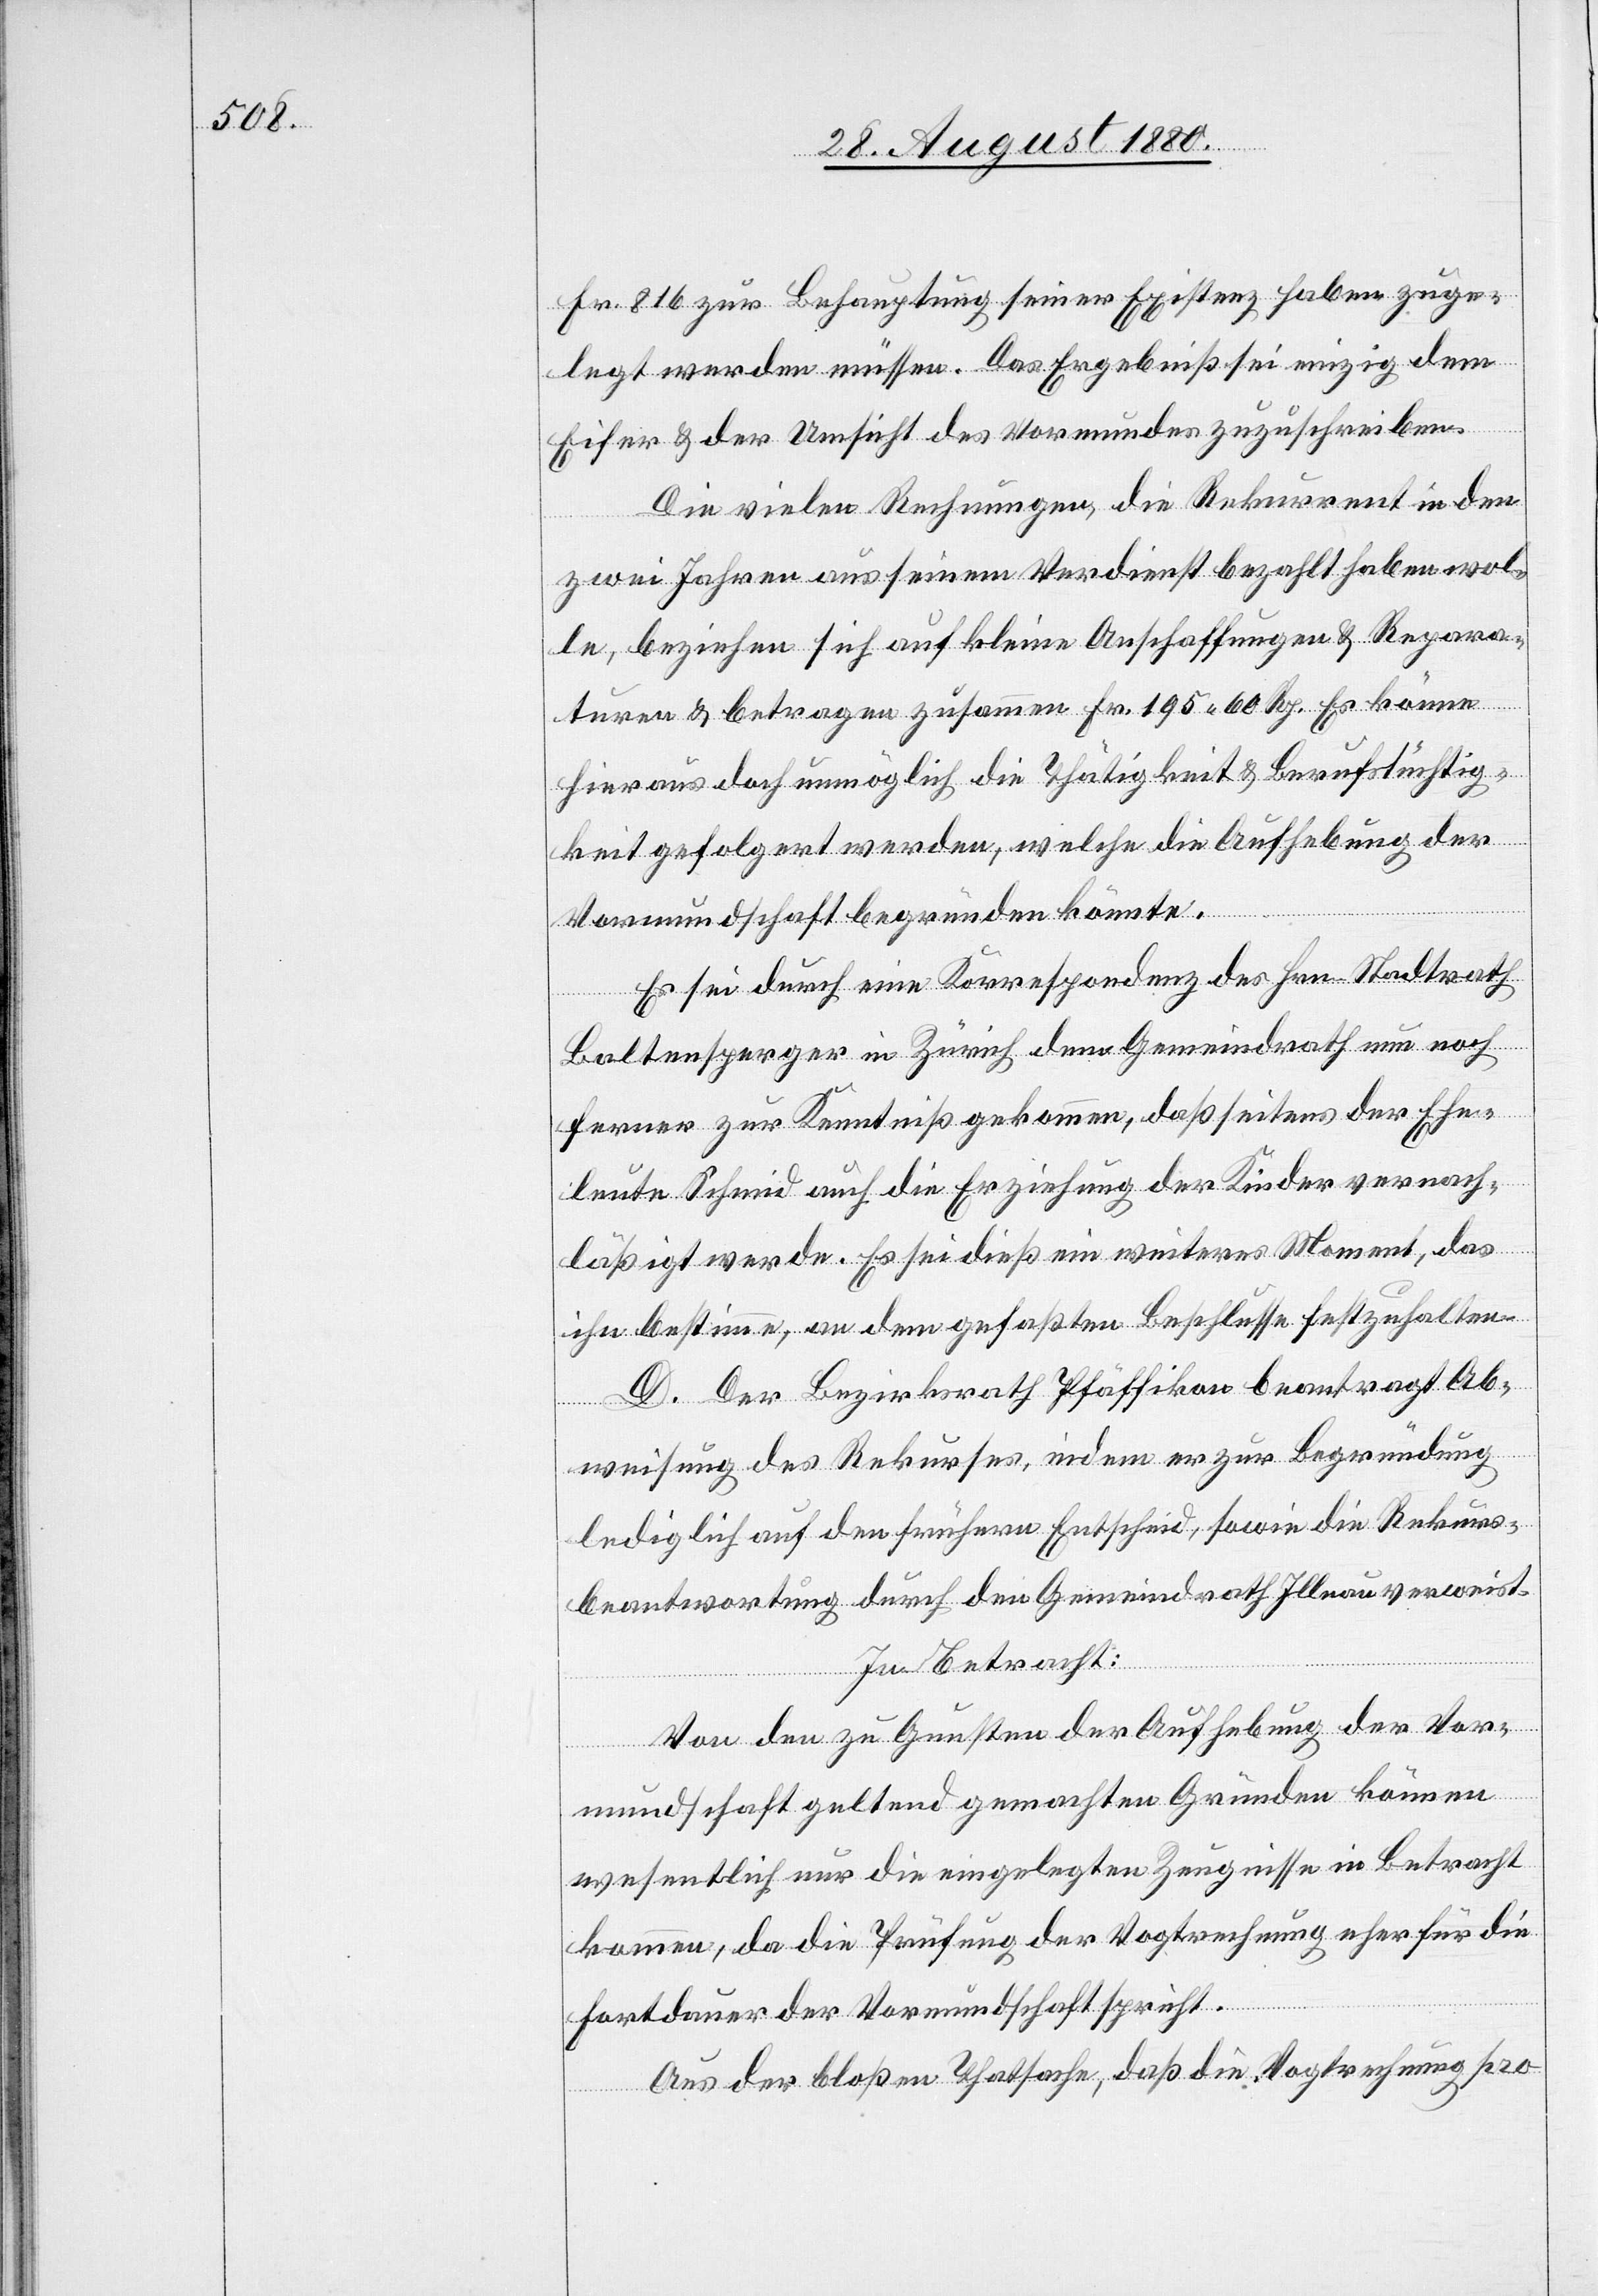
Fr. 816 zur Behauptung seiner Existenz haben zuge¬
legt werden müssen. Das Ergebniß sei einzig dem
Eifer & der Umsicht des Vormundes zuzuschreiben.
Die vielen Rechnungen, die Rekurrent in den
zwei Jahren aus seinem Verdienst bezahlt haben wol¬
le, beziehen sich auf kleine Anschaffungen & Repara¬
turen & betragen zusammen Fr. 195 60 Rp. Es könne
hieraus doch unmöglich die Thätigkeit & Berufstüchtig¬
keit gefolgert werde, welche die Aufhebung der
Vormundschaft begründen könnte.
Es Sei durch eine Korrespondenz des Hrn. Stadtrath
Baltensperger in Zürich dem Gemeindrath nun noch
ferner zur Kenntiß gekommen, daß seitens der Ehe¬
leute Schmid auch die Erziehung der Kinder vernach¬
läßigt werde. Es sei dieß ein weiteres Moment, das
ihn bestimme, an dem gefaßten Beschlusse festzuhalten.
D. Der Bezirksrath Pfäffikon beantragt Ab¬
weisung des Rekurses, indem er zur Begründung
lediglich auf den frühern Entscheid, sowie die Rekurs¬
beantwortung durch den Gemeindrath Illnau verweist.
In Betracht:
Von den zu Gunsten der Aufhebung der Vor¬
mundschaft geltend gemachten Gründen können
wesentlich nur die eingelegten Zeugnisse in Betracht
kommen, da die Prüfung der Vogtrechnung eher für die
Fortdauer der Vormundschaft spricht.
Aus der bloßen Thatsache, daß die Vogtrechnung pro